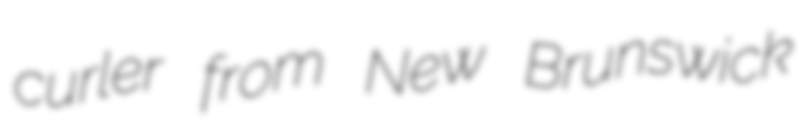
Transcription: curler from New Brunswick